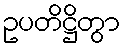
ဥပတိဋ္ဌိတွာ